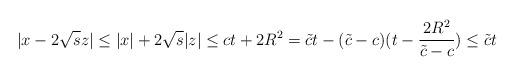
LaTeX: \begin{align*}|x-2\sqrt{s}z| \leq |x|+ 2\sqrt{s}|z|\leq ct +2R^{2} = \tilde{c}t -(\tilde{c}-c)(t-\frac{2R^{2}}{\tilde{c}-c} ) \leq \tilde{c}t\end{align*}